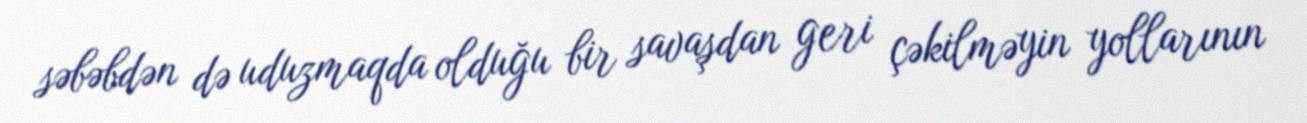
səbəbdən də uduzmaqda olduğu bir savaşdan geri çəkilməyin yollarının